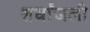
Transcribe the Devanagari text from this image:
शर्धांजली